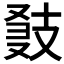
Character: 𢻍